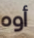
أوه